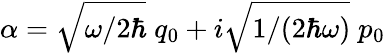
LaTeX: \alpha=\sqrt{\omega/2\hbar}\; q_{0}+i\sqrt{1/(2\hbar\omega)}\; p_{0}